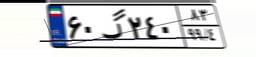
۶۰گ۲۴۰۸۳